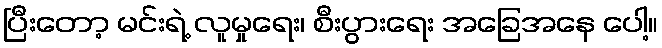
ပြီးတော့ မင်းရဲ့ လူမှုရေး၊ စီးပွားရေး အခြေအနေ ပေါ့။